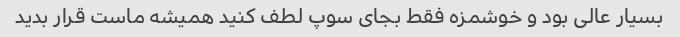
بسیار عالی بود و خوشمزه فقط بجای سوپ لطف کنید همیشه ماست قرار بدید